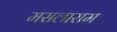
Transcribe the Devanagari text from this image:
मसलाराम